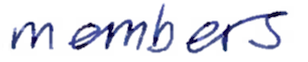
Text: members
Cross-out: clean
Writing tool: ballpoint